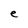
Character: e